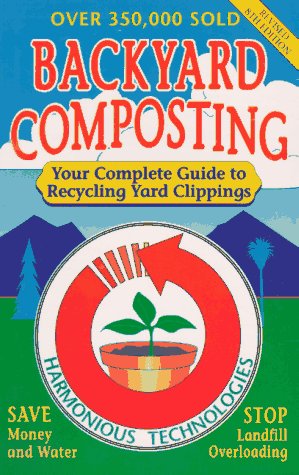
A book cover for Backyard Composting: Your Complete Guide to Recycling Yard Clippings; Harmonious Technologies; Science & Math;